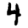
Digit: 4